Punjab Mental Hospital Lahore 1922-31 - 1922-1931
Year: 1922
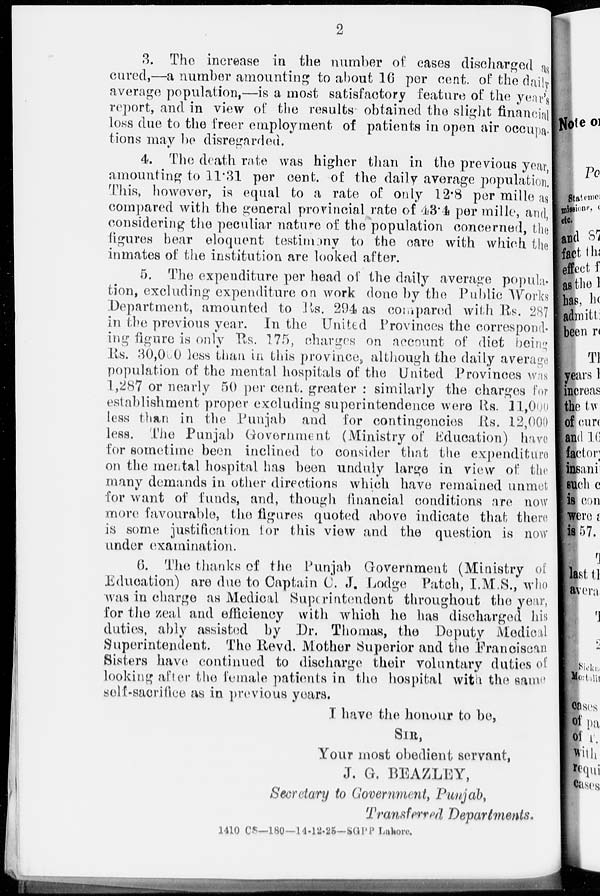
2
3. The increase in the number of cases discharged as
cured,—a number amounting to about 16 per cent. of the daily
average population,—is a most satisfactory feature of the year's
report, and in view of the results obtained the slight financial
loss due to the freer employment of patients in open air occupa-
tions may be disregarded.
4. The death rate was higher than in the previous year,
amounting to 11.31 per cent. of the daily average population.
This, however, is equal to a rate of only 12.8 per mille as
compared with the general provincial rate of 43.4 per mille, and,
considering the peculiar nature of the population concerned, the
figures bear eloquent testimony to the care with which the
inmates of the institution are looked after.
5. The expenditure per head of the daily average popula-
tion, excluding expenditure on work done by the Public Works
Department, amounted to Rs. 294 as compared with Rs. 287
in the previous year. In the United Provinces the correspond-
ing figure is only Rs. 175, charges on account of diet being
Rs. 30,000 less than in this province, although the daily average
population of the mental hospitals of the United Provinces was
1,287 or nearly 50 per cent. greater : similarly the charges for
establishment proper excluding superintendence were Rs. 11,000
less than in the Punjab and for contingencies Rs. 12,000
less. The Punjab Government (Ministry of Education) have
for sometime been inclined to consider that the expenditure
on the mental hospital has been unduly large in view of the
many demands in other directions which have remained unmet
for want of funds, and, though financial conditions are now
more favourable, the figures quoted above indicate that there
is some justification for this view and the question is now
under examination.
6. The thanks of the Punjab Government (Ministry of
Education) are due to Captain C. J. Lodge Patch, I.M.S., who
was in charge as Medical Superintendent throughout the year,
for the zeal and efficiency with which he has discharged his
duties, ably assisted by Dr. Thomas, the Deputy Medical
Superintendent. The Revd. Mother Superior and the Franciscan
Sisters have continued to discharge their voluntary duties of
looking after the female patients in the hospital with the same
self-sacrifice as in previous years.
I have the honour to be,
SIR,
Your most obedient servant,
J. G. BEAZLEY,
Secretary to Government, Punjab,
Transferred Departments.
1410 CS—180—14-12-25—SGPP Lahore.